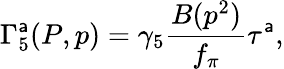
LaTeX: \Gamma_{5}^{\mathsf{a}}(P,p)=\gamma_{5}\frac{{B(p^{2})}}{{f_{\pi}}}\tau^{\mathsf{a}},